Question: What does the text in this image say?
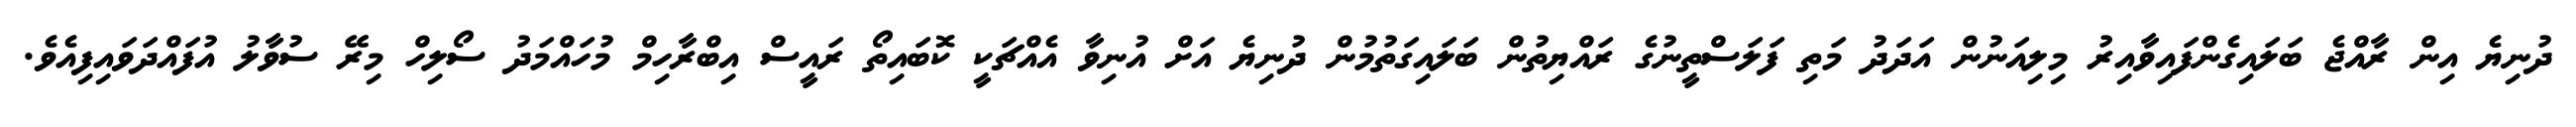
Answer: ދުނިޔެ އިން ރާއްޖެ ބަލައިގެންފައިވާއިރު މިލިއަނުން އަދަދު މަތި ފަލަސްތީނުގެ ރައްޔިތުން ބަލައިގަތުމުން ދުނިޔެ އަށް އުނިވާ އެއްޗަކީ ކޮބައިތޯ ރައީސް އިބްރާހިމް މުހައްމަދު ސޯލިހް މިރޭ ސުވާލު އުފައްދަވައިފިއެވެ.